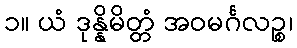
၁။ ယံ ဒုန္နိမိတ္တံ အဝမင်္ဂလဉ္စ၊